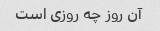
آن روز چه روزی است